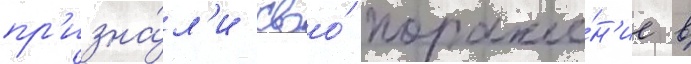
пр'изна́л'и своо́ пораже́н'ие в